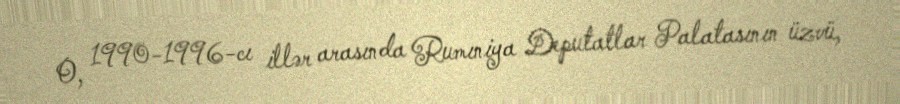
O, 1990-1996-cı illər arasında Rumıniya Deputatlar Palatasının üzvü,